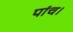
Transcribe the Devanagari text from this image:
पांच।